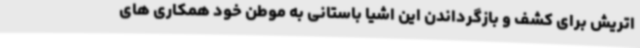
اتریش برای کشف و بازگرداندن این اشیا باستانی به موطن خود همکاری های